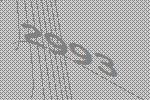
2993